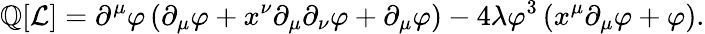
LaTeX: \mathbb{Q}[{\mathcal{{L}}}]=\partial^{\mu}\varphi\left(\partial_{\mu}\varphi+x^{\nu}\partial_{\mu}\partial_{\nu}\varphi+\partial_{\mu}\varphi\right)-4\lambda\varphi^{3}\left(x^{\mu}\partial_{\mu}\varphi+\varphi\right).